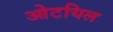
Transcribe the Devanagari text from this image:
ओटयिल